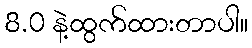
8.0 နဲ့ထွက်ထားတာပါ။